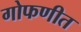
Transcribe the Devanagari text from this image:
गोफणीत